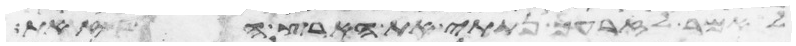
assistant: לאמר לזרעך נתתי את הארץ הזאת